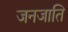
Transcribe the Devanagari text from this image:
जनजाति